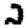
Digit: 2